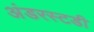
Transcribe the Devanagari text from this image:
अंडरस्टडी